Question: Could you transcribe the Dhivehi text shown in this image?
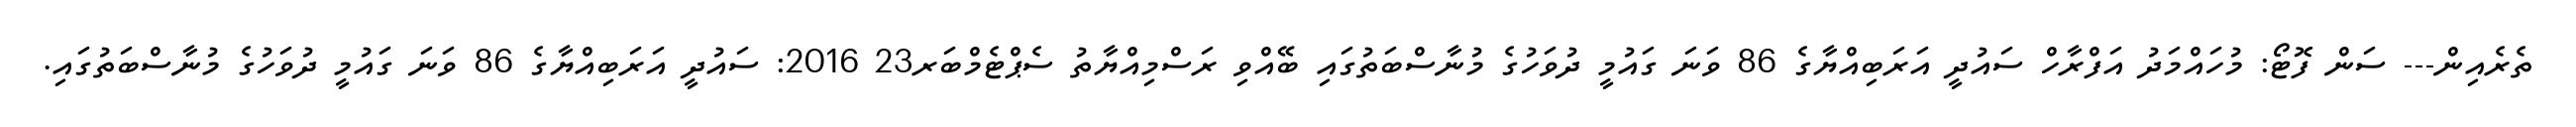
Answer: ތެރެއިން--- ސަން ފޮޓޯ: މުހައްމަދު އަފްރާހް ސައުދީ އަރަބިއްޔާގެ 86 ވަނަ ގައުމީ ދުވަހުގެ މުނާސްބަތުގައި ބޭއްވި ރަސްމިއްޔާތު ސެޕްޓެމްބަރ23 2016: ސައުދީ އަރަބިއްޔާގެ 86 ވަނަ ގައުމީ ދުވަހުގެ މުނާސްބަތުގައި.